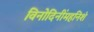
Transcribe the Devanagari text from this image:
विनोदिनींमहनिशं